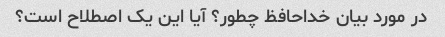
در مورد بیان خداحافظ چطور؟ آیا این یک اصطلاح است؟